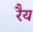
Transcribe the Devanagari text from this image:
रैय